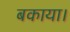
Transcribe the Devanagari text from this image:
बकाया।